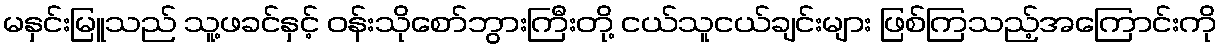
မနှင်းမြူသည် သူ့ဖခင်နှင့် ဝန်းသိုစော်ဘွားကြီးတို့ ငယ်သူငယ်ချင်းများ ဖြစ်ကြသည့်အကြောင်းကို